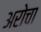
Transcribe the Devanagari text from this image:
अरोचा